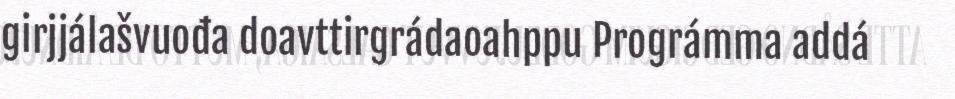
girjjálašvuođa doavttirgrádaoahppu Prográmma addá